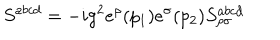
S ^ { a b c d } = - i g ^ { 2 } e ^ { \rho } ( p _ { 1 } ) e ^ { \sigma } ( p _ { 2 } ) S _ { \rho \sigma } ^ { a b c d }